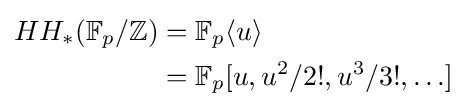
{\begin{aligned}HH_{*}(\mathbb {F} _{p}/\mathbb {Z} )&=\mathbb {F} _{p}\langle u\rangle \\&=\mathbb {F} _{p}[u,u^{2}/2!,u^{3}/3!,\ldots ]\end{aligned}}